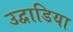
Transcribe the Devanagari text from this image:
उद्वाडिया